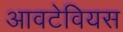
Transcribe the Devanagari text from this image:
आवटेवियस